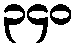
၃၄၀